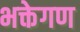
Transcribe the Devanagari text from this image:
भक्तेगण